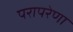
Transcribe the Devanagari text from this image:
परापरेणा